Document type: Anniversary endowment
Year: 1486
Scribe: Bartomeu Masons
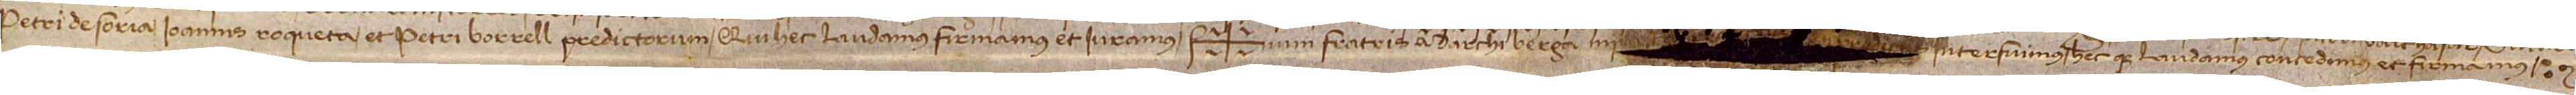
Petri de Soria, Ioannis Roqueta et Petri Borrell, predictorum qui hec laudamus, firmamus et iuramus. Sig+num fratris Marchi Berga, ministr[i provincialis, qui pre]dictis interfuimus hecque laudamus, concedimus et firmamus.